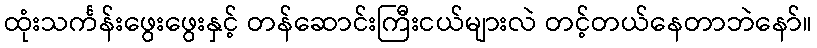
ထုံးသင်္ကန်းဖွေးဖွေးနှင့် တန်ဆောင်းကြီးငယ်များလဲ တင့်တယ်နေတာဘဲနော်။